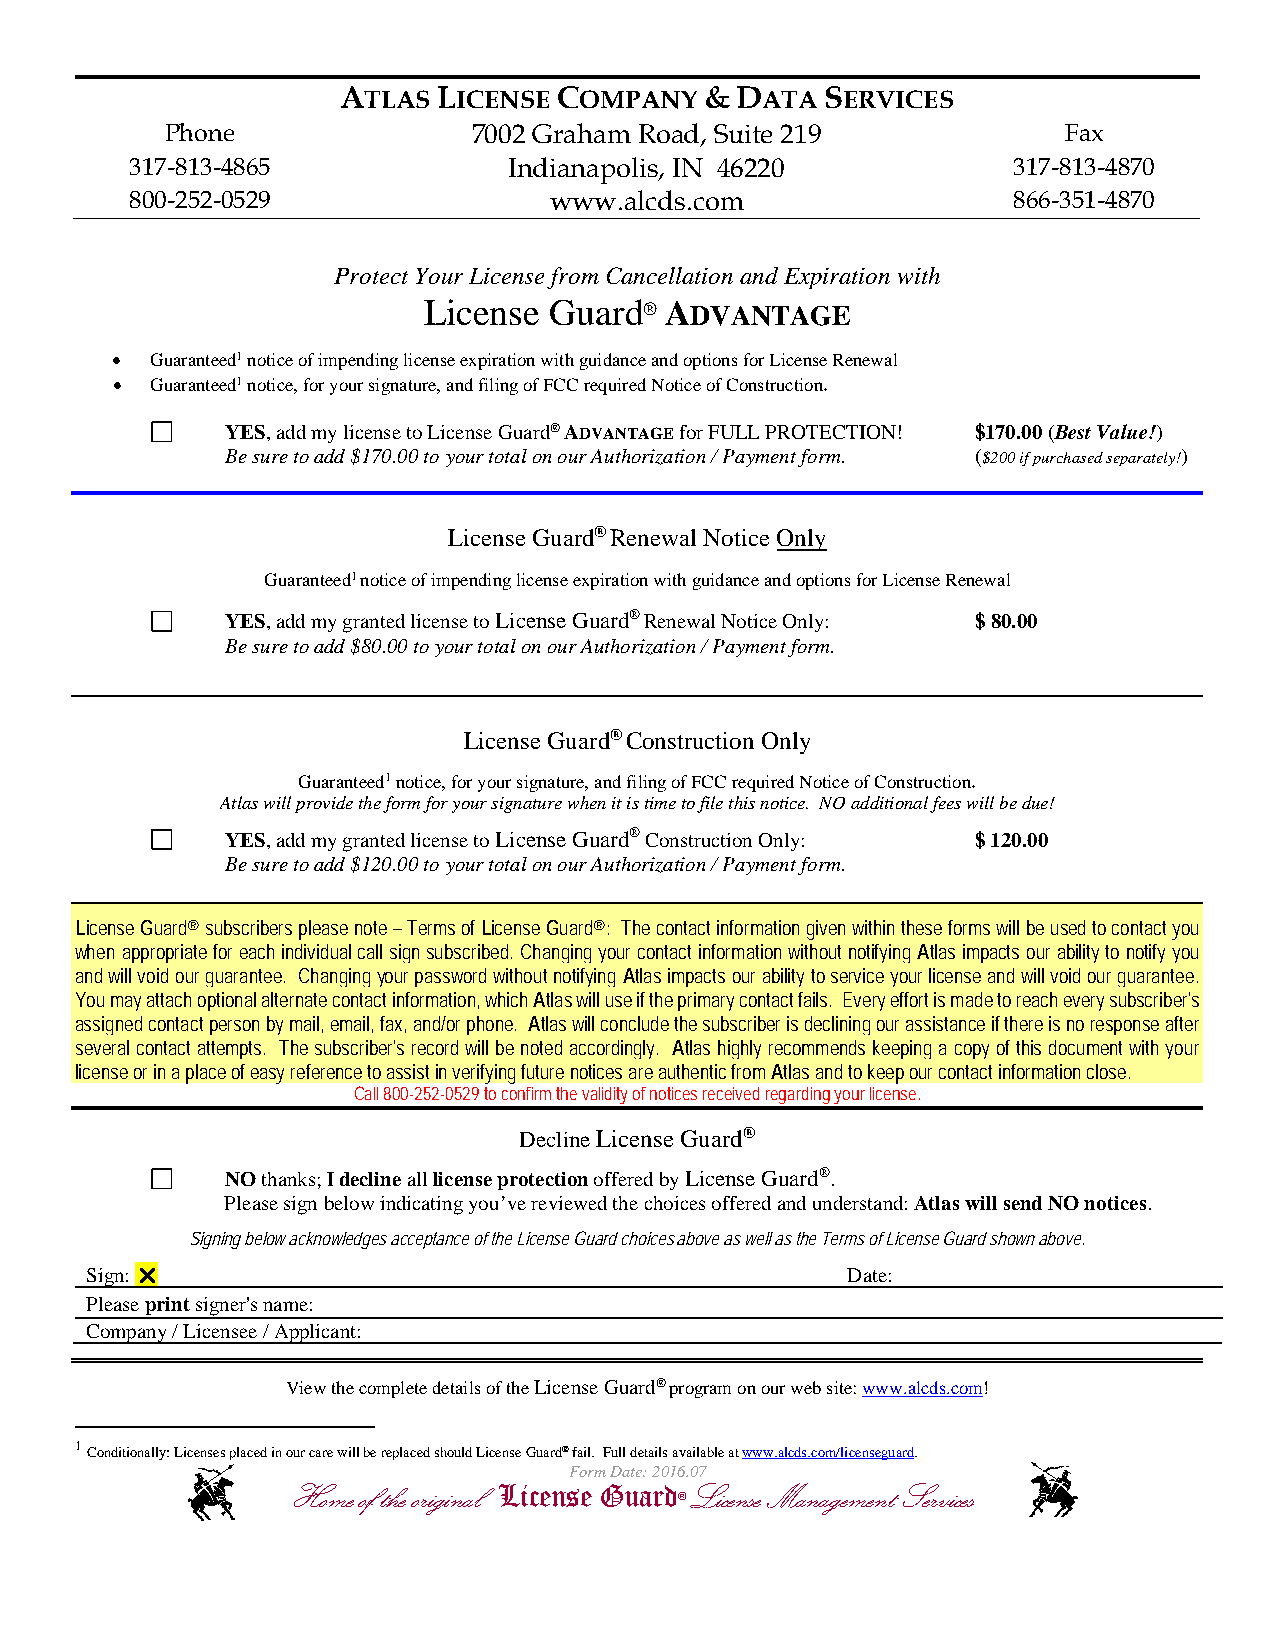
ATLAS LICENSE COMPANY   & DATA  SERVICES
 Phone               7002 Graham Road, Suite 219            Fax
 317-813-4865             Indianapolis, IN 46220           317-813-4870
 800-252-0529               www.alcds.com                  866-351-4870
 Protect Your License from Cancellation and Expiration with
 License Guard®  ADVANTAGE
   Guaranteed1 notice of impending license expiration with guidance and options for License Renewal
   Guaranteed1 notice, for your signature, and filing of FCC required Notice of Construction.
 YES, add my license to License Guard® ADVANTAGE for FULL PROTECTION! $170.00 (Best Value!)
 Be sure to add $170.00 to your total on our Authorization / Payment form. ($200 if purchased separately!)
 License Guard®Renewal Notice Only
 Guaranteed1 notice of impending license expiration with guidance and options for License Renewal
 YES, add my granted license to License Guard®Renewal Notice Only: $ 80.00
 Be sure to add $80.00 to your total on our Authorization / Payment form.
 License Guard®Construction Only
 Guaranteed1 notice, for your signature, and filing of FCC required Notice of Construction.
 Atlas will provide the form for your signature when it is time to file this notice. NO additional fees will be due!
 YES, add my granted license to License Guard® Construction Only: $ 120.00
 Be sure to add $120.00 to your total on our Authorization / Payment form.
 License Guard® subscribers please note – Terms of License Guard®: The contact information given within these forms will be used to contact you
 when appropriate for each individual call sign subscribed. Changing your contact information without notifying Atlas impacts our ability to notify you
 and will void our guarantee. Changing your password without notifying Atlas impacts our ability to service your license and will void our guarantee.
 You may attach optional alternate contact information, which Atlas will use if the primary contact fails. Every effort is made to reach every subscriber's
 assigned contact person by mail, email, fax, and/or phone. Atlas will conclude the subscriber is declining our assistance if there is no response after
 several contact attempts. The subscriber's record will be noted accordingly. Atlas highly recommends keeping a copy of this document with your
 license or in a place of easy reference to assist in verifying future notices are authentic from Atlas and to keep our contact information close.
 Call 800-252-0529 to confirm the validity of notices received regarding your license.
 Decline License Guard®
 NO thanks; I decline all license protection offered by License Guard®.
 Please sign below indicating you’ve reviewed the choices offered and understand: Atlas will send NO notices.
 Signing below acknowledges acceptance of the License Guard choices above as well as the Terms of License Guard shown above.
 Sign:                                            Date:
 Please print signer's name:
 Company / Licensee / Applicant:
 View the complete details of the License Guard® program on our web site: www.alcds.com!
 1 Conditionally: Licenses placed in our care will be replaced should License Guard® fail. Full details available at www.alcds.com/licenseguard.
 Form Date: 2016.07
 Home of the original License Gu ard License Management Services
 ®